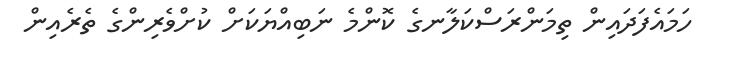
ހަމައެފަދައިން ތިމަންރަސްކަލާނގެ ކޮންމެ ނަބިއްޔަކަށް ކުށްވެރިންގެ ތެރެއިން